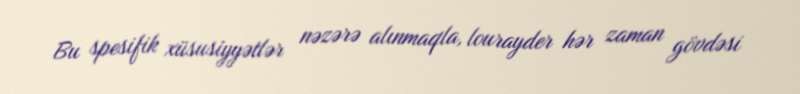
Bu spesifik xüsusiyyətlər nəzərə alınmaqla, lourayder hər zaman gövdəsi